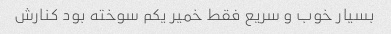
بسیار خوب و سریع فقط خمیر یکم سوخته بود کنارش